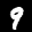
Label: 9